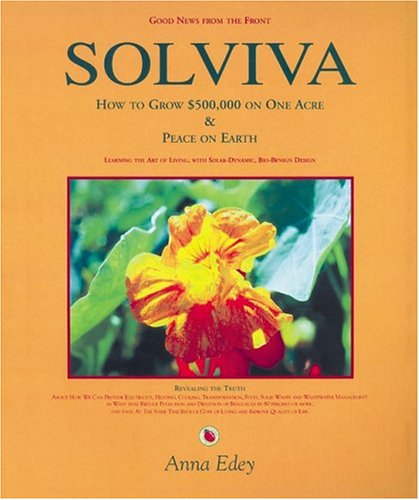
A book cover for Solviva: How to grow $500,000 on one acre, and Peace on Earth; Anna Edey; Crafts, Hobbies & Home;